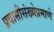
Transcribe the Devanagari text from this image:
प्रवासीसंख्येप्रमाणे